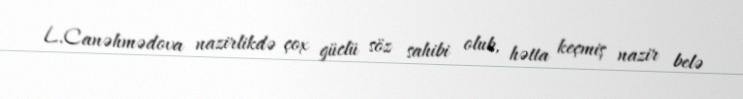
L.Canəhmədova nazirlikdə çox güclü söz sahibi olub, hətta keçmiş nazir belə